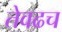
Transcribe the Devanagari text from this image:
तेवढच